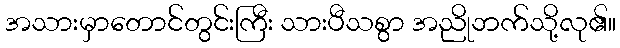
အသားမှာတောင်တွင်းကြီး သားပီသစွာ အညိုဘက်သို့လု၏။